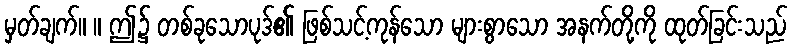
မှတ်ချက်။ ။ ဤ၌ တစ်ခုသောပုဒ်၏ ဖြစ်သင့်ကုန်သော များစွာသော အနက်တို့ကို ထုတ်ခြင်းသည်